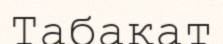
Табақат